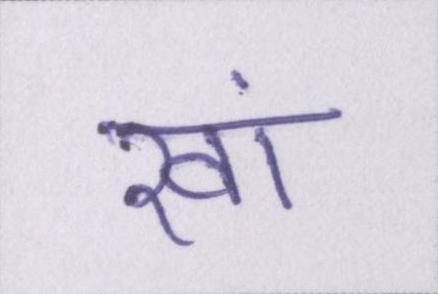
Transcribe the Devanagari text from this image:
खां